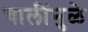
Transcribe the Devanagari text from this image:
चालींनुळे